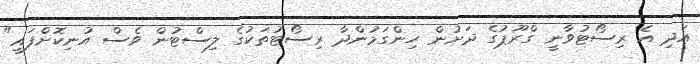
އަދި އެ ރިސޯޓުވާނީ ގްރޫޕުގެ ދަށުން ހިންގަމުންދާ ރިސޯޓުތަކުގެ ލިސްޓުން ވެސް އުނިކޮށްފައި"